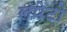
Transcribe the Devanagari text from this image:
लपेटो